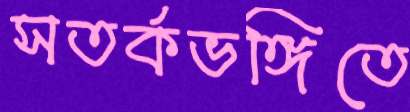
সতর্কভঙ্গিতে